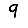
Digit: 9